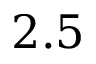
2 . 5